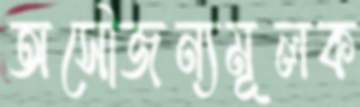
অসৌজন্যমূলক